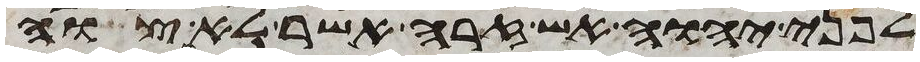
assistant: לפני יהוה אש זרה אשר לא צוה